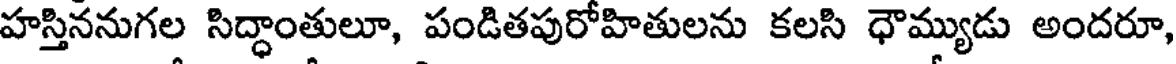
హస్తిననుగల సిద్ధాంతులూ, పండితపురోహితులను కలసి ధౌమ్యుడు అందరూ,